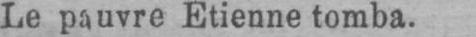
Le pauvre Etienne tomba.